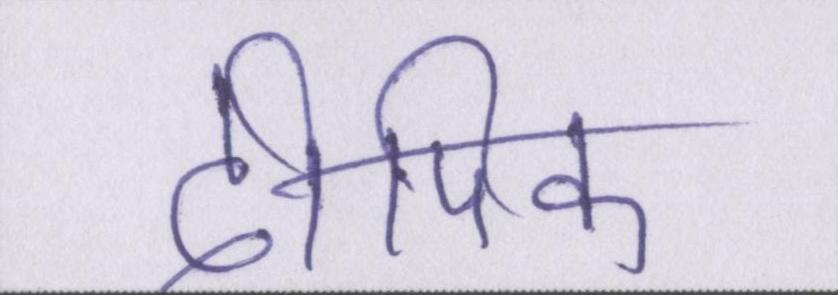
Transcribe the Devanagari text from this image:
दीपिका